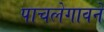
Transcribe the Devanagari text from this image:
पाचलेगावने